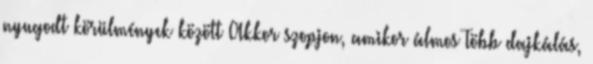
nyugodt körülmények között Akkor szopjon, amikor álmos Több dajkálás,